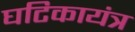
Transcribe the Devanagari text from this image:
घटिकायंत्र